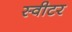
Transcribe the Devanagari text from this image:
स्वीटर